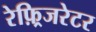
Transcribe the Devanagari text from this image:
रेफ़्रिजरेटर